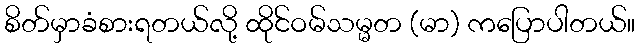
စိတ်မှာခံစားရတယ်လို့ ထိုင်ဝမ်သမ္မတ (မာ) ကပြောပါတယ်။